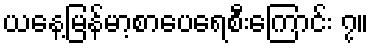
ယနေ့မြန်မာ့စာပေရေစီးကြောင်း ၇။